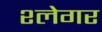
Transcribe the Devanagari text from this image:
श्लेगर